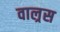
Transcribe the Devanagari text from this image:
वाल्रस